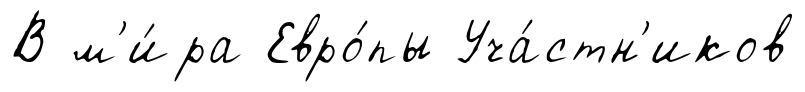
В м'и́ра Евро́пы Уча́стн'иков